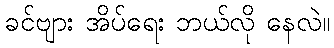
ခင်ဗျား အိပ်ရေး ဘယ်လို နေလဲ။